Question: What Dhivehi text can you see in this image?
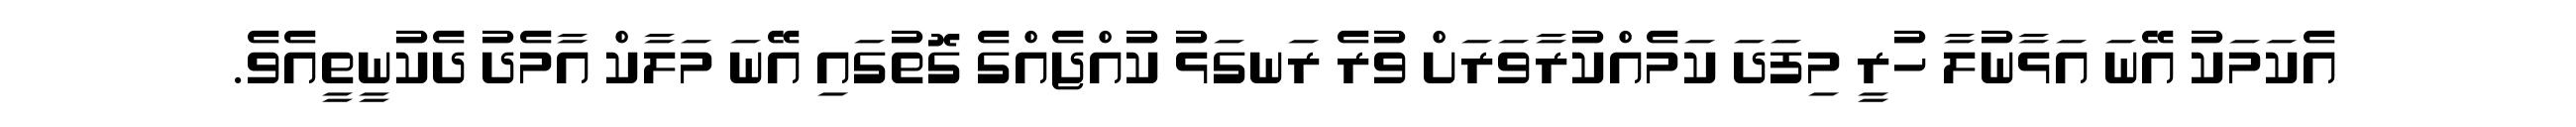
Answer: އެކަމަކު އޭނަ އަޅާނުލާ ހުރީ މިފަދަ ކަމެއްކުރާވަރަށް ވުރެ ރަނގަޅު ކުއްޖެއްގެ ގޮތުގައި އޭނަ މަލާކް އާމެދު ދެކުނީތީއެވެ.